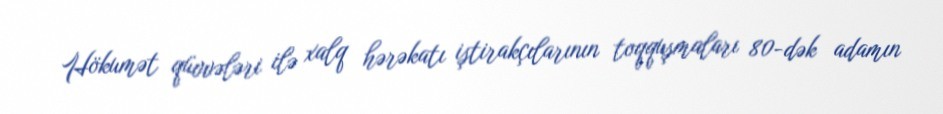
Hökumət qüvvələri ilə xalq hərəkatı iştirakçılarının toqquşmaları 80-dək adamın